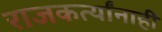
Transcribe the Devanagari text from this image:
राजकर्त्यांनाही